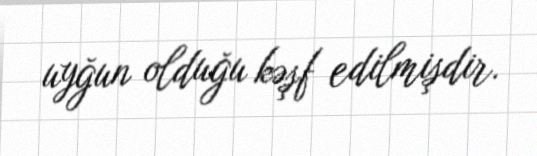
uyğun olduğu kəşf edilmişdir.